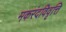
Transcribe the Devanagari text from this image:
मकरंदविवृत्ति